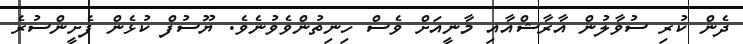
ދެން ކުރި ސުވާލުން އާރާޝްއާއި މާނީއަށް ވެސް ހިނިތުންވެވުނެވެ. ޔޫސުފް ކުޅެން ފެށީންސުރެ